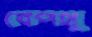
বেপথু